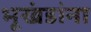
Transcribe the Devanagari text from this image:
भूखंडांना